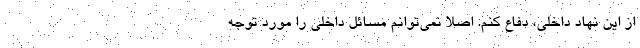
از این نهاد داخلی، دفاع کنم. اصلا نمی‌توانم مسائل داخلی را مورد توجه